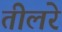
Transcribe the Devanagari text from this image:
तीलरे